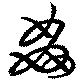
姦